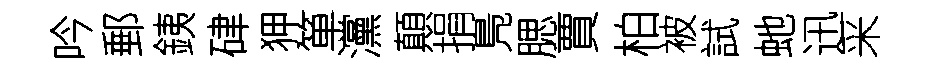
吟郵銕硉狎箪灙顛捐鳬腮賈柏被試虵迅采